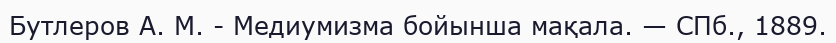
Бутлеров А. М. - Медиумизма бойынша мақала. — СПб., 1889.